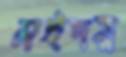
মইদর